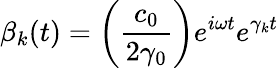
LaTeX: \beta_{k}(t)=\left(\frac{c_{0}}{2\gamma_{0}}\right)e^{i\omega t}e^{\gamma_{k}t}